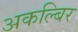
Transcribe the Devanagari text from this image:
अकल्बिर